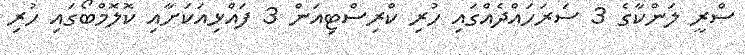
ސްރީ ލަންކާގެ 3 ސަރަހައްދެއްގައި ހުރި ކްރިސްޓިއަން 3 ފައްޅިއަކަށާއި ކޮލޮމްބޯގައި ހުރި